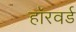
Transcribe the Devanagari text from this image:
हॉरवर्ड